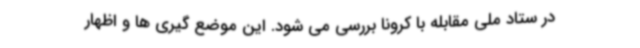
در ستاد ملی مقابله با کرونا بررسی می شود. این موضع گیری ها و اظهار